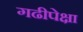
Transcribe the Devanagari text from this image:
गढीपेक्षा